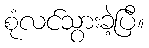
စုံလင်သွားခဲ့ပြီ။